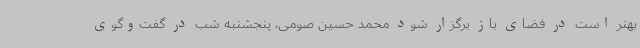
بهتر است در فضای باز برگزار شود محمد حسین صومی، پنجشنبه شب در گفت‌وگوی